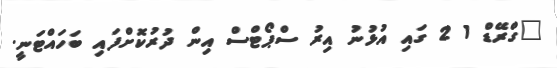
"ގްރޭޑް 1 2 ގައި އުޅުނު އިރު ސްޕޯޓްސް އިން ދުރުކޮށްފައި ބަހައްޓަނީ.